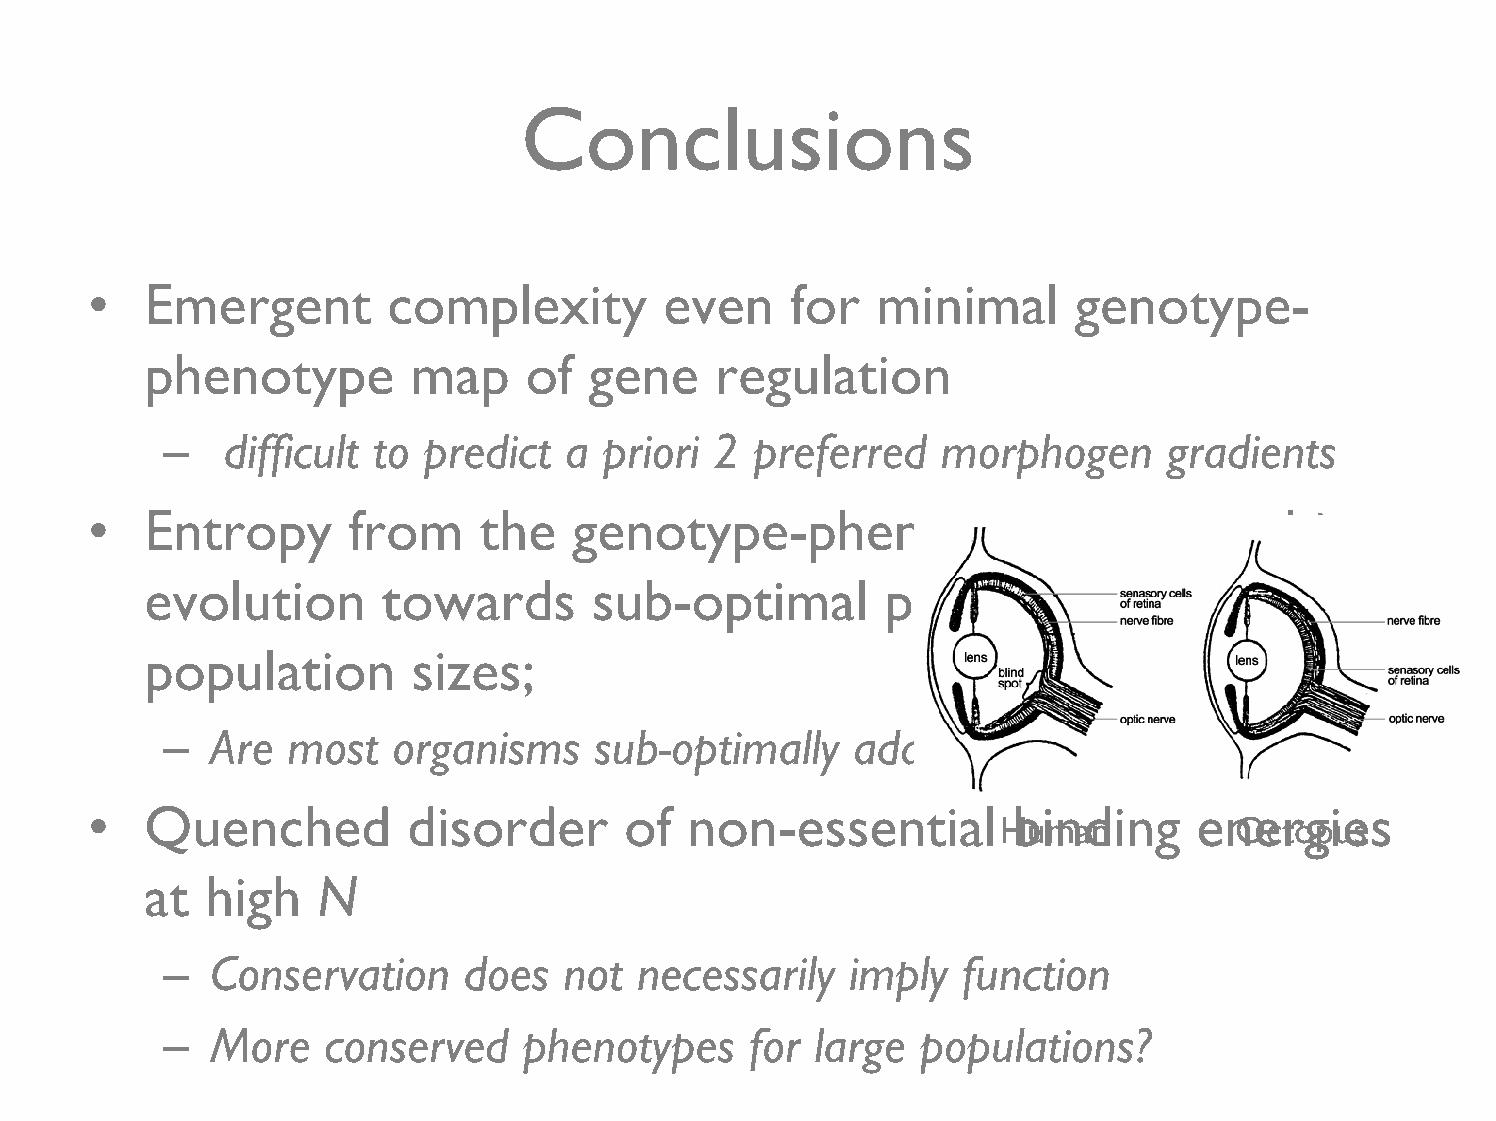
Conclusions
 •   Emergent        complexity        even    for   minimal      genotype-
 phenotype        map     of  gene    regulation
 –   difficult to predict   a priori 2  preferred   morphogen      gradients
 •   Entropy      from     the   genotype-phenotype               map     can   bias
 evolution      towards       sub-optimal         phenotypes         at  low
 population       sizes;
 –  Are  most   organisms    sub-optimally     adapted?
 •   Quenched         disorder      of   non-essential        binding     energies
 Human           Octopus
 at  high   N
 –  Conservation     does  not  necessarily   imply   function
 –  More    conserved    phenotypes     for large  populations?